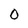
Character: 0